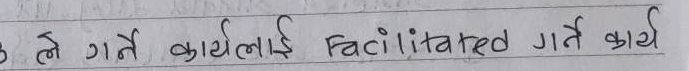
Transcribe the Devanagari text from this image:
3 ले गर्न कार्यलाई facilitated गर्न कार्य